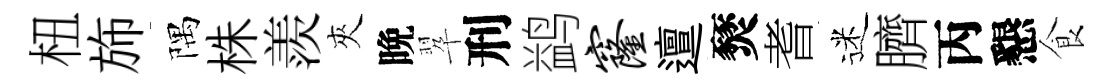
杻斾隅株羨夾晩翆刑鹢窿邅燹耆迷臍丙懇食